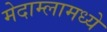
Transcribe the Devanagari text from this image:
मेदाम्लामध्ये